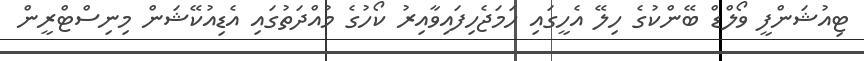
ޓިއުޝަންފީ ވޯލްޑް ބޭންކުގެ ހިލޭ އެހީގައި ހަމަޖެހިފައިވާއިރު ކޯހުގެ މުއްދަތުގައި އެޑިއުކޭޝަން މިނިސްޓްރީން